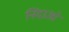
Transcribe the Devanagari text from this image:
निंदाओं